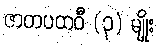
ဇာတပထဝီ (၃) မျိုး